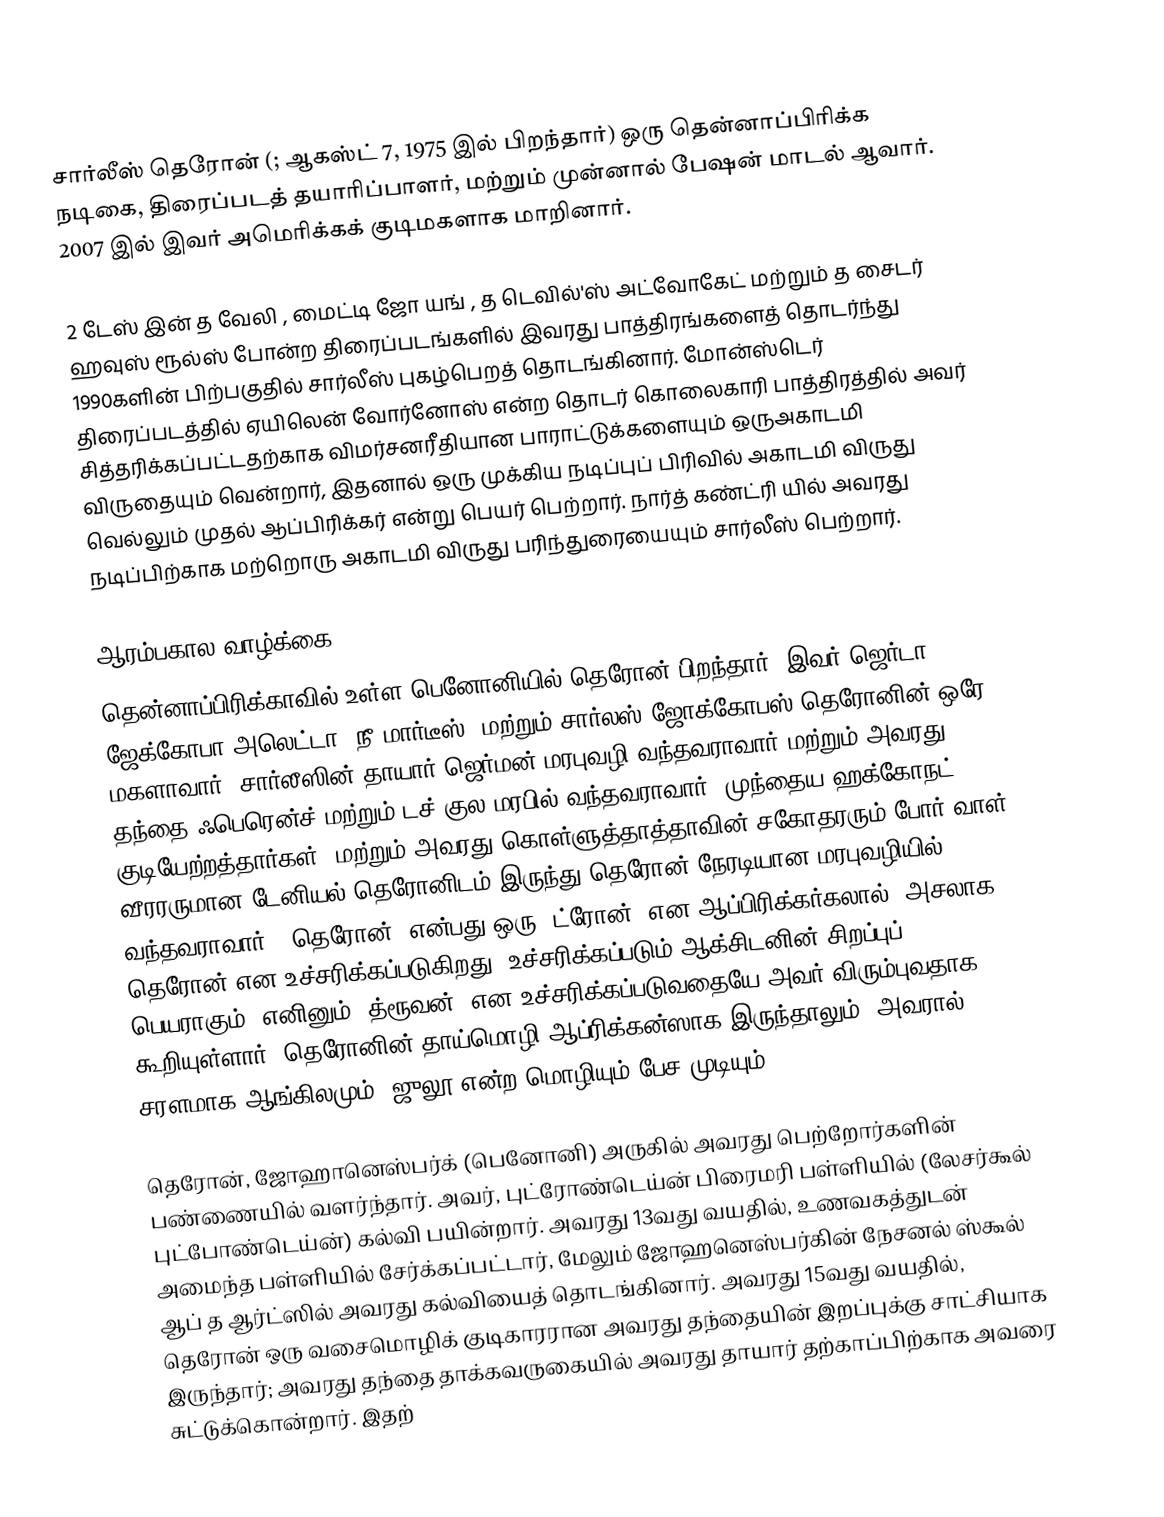
சார்லீஸ் தெரோன் (; ஆகஸ்ட் 7, 1975 இல் பிறந்தார்) ஒரு தென்னாப்பிரிக்க நடிகை, திரைப்படத் தயாரிப்பாளர், மற்றும் முன்னால் பேஷன் மாடல் ஆவார். 2007 இல் இவர் அமெரிக்கக் குடிமகளாக மாறினார்.

2 டேஸ் இன் த வேலி , மைட்டி ஜோ யங் , த டெவில்'ஸ் அட்வோகேட் மற்றும் த சைடர் ஹவுஸ் ரூல்ஸ் போன்ற திரைப்படங்களில் இவரது பாத்திரங்களைத் தொடர்ந்து 1990களின் பிற்பகுதில் சார்லீஸ் புகழ்பெறத் தொடங்கினார். மோன்ஸ்டெர் திரைப்படத்தில் ஏயிலென் வோர்னோஸ் என்ற தொடர் கொலைகாரி பாத்திரத்தில் அவர் சித்தரிக்கப்பட்டதற்காக விமர்சனரீதியான பாராட்டுக்களையும் ஒருஅகாடமி விருதையும் வென்றார், இதனால் ஒரு முக்கிய நடிப்புப் பிரிவில் அகாடமி விருது வெல்லும் முதல் ஆப்பிரிக்கர் என்று பெயர் பெற்றார். நார்த் கண்ட்ரி யில் அவரது நடிப்பிற்காக மற்றொரு அகாடமி விருது பரிந்துரையையும் சார்லீஸ் பெற்றார்.

ஆரம்பகால வாழ்க்கை
தென்னாப்பிரிக்காவில் உள்ள பெனோனியில் தெரோன் பிறந்தார், இவர் ஜெர்டா ஜேக்கோபா அலெட்டா (நீ மார்டீஸ்) மற்றும் சார்லஸ் ஜோக்கோபஸ் தெரோனின் ஒரே மகளாவார். சார்லீஸின் தாயார் ஜெர்மன் மரபுவழி வந்தவராவார் மற்றும் அவரது தந்தை ஃபெரென்ச் மற்றும் டச் குல மரபில் வந்தவராவார்; முந்தைய ஹக்கோநட் குடியேற்றத்தார்கள், மற்றும் அவரது கொள்ளுத்தாத்தாவின் சகோதரரும் போர் வாள் வீரரருமான டேனியல் தெரோனிடம் இருந்து தெரோன் நேரடியான மரபுவழியில் வந்தவராவார். "தெரோன்" என்பது ஒரு "ட்ரோன்" என ஆப்பிரிக்கர்கலால் (அசலாக தெரோன் என உச்சரிக்கப்படுகிறது) உச்சரிக்கப்படும் ஆக்சிடனின் சிறப்புப் பெயராகும், எனினும் "த்ரூவன்" என உச்சரிக்கப்படுவதையே அவர் விரும்புவதாக கூறியுள்ளார். தெரோனின் தாய்மொழி ஆப்ரிக்கன்ஸாக இருந்தாலும், அவரால் சரளமாக ஆங்கிலமும், ஜுலூ என்ற மொழியும் பேச முடியும்.

தெரோன், ஜோஹானெஸ்பர்க் (பெனோனி) அருகில் அவரது பெற்றோர்களின் பண்ணையில் வளர்ந்தார். அவர், புட்ரோண்டெய்ன் பிரைமரி பள்ளியில் (லேசர்கூல் புட்போண்டெய்ன்) கல்வி பயின்றார். அவரது 13வது வயதில், உணவகத்துடன் அமைந்த பள்ளியில் சேர்க்கப்பட்டார், மேலும் ஜோஹனெஸ்பர்கின் நேசனல் ஸ்கூல் ஆப் த ஆர்ட்ஸில் அவரது கல்வியைத் தொடங்கினார். அவரது 15வது வயதில், தெரோன் ஒரு வசைமொழிக் குடிகாரரான அவரது தந்தையின் இறப்புக்கு சாட்சியாக இருந்தார்; அவரது தந்தை தாக்கவருகையில் அவரது தாயார் தற்காப்பிற்காக அவரை சுட்டுக்கொன்றார். இதற்